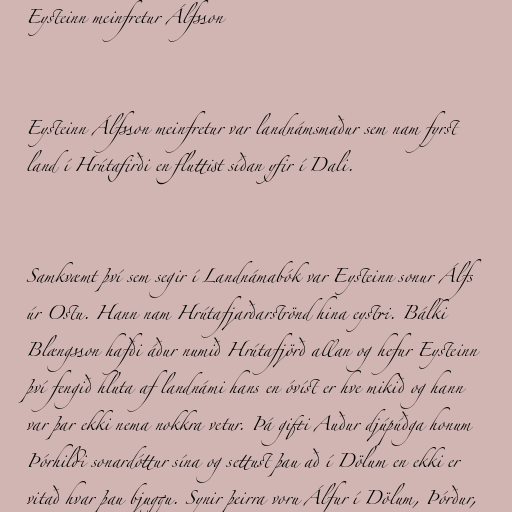
Eysteinn meinfretur Álfsson

Eysteinn Álfsson meinfretur var landnámsmaður sem nam fyrst
land í Hrútafirði en fluttist síðan yfir í Dali.

Samkvæmt því sem segir í Landnámabók var Eysteinn sonur Álfs
úr Ostu. Hann nam Hrútafjarðarströnd hina eystri. Bálki
Blængsson hafði áður numið Hrútafjörð allan og hefur Eysteinn
því fengið hluta af landnámi hans en óvíst er hve mikið og hann
var þar ekki nema nokkra vetur. Þá gifti Auður djúpúðga honum
Þórhildi sonardóttur sína og settust þau að í Dölum en ekki er
vitað hvar þau bjuggu. Synir þeirra voru Álfur í Dölum, Þórður,